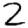
Digit: 2